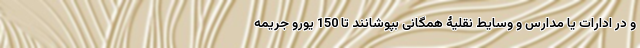
و در ادارات یا مدارس و وسایط نقلیۀ همگانی بپوشانند تا 150 یورو جریمه